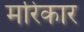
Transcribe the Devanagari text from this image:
मरिकार